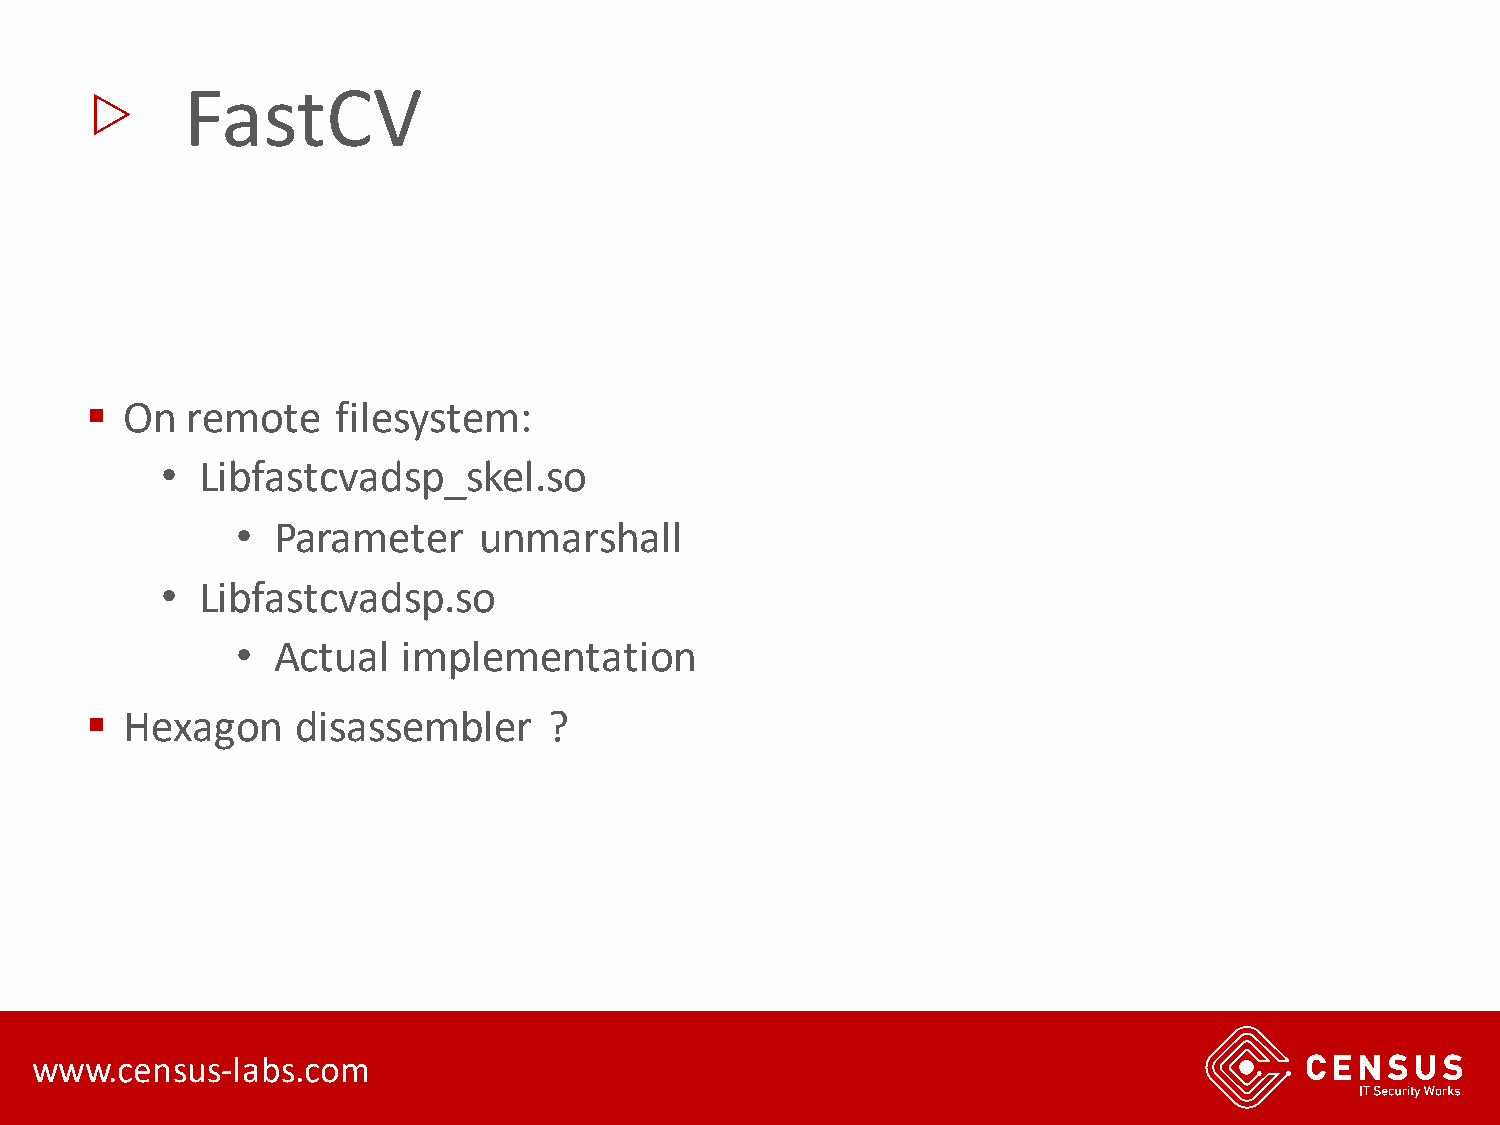
▷
 FastCV
 ▪ On  remote    filesystem:
 • Libfastcvadsp_skel.so
 • Parameter     unmarshall
 • Libfastcvadsp.so
 • Actual   implementation
 ▪ Hexagon     disassembler    ?
 www.census-labs.com